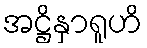
အဋ္ဌိနှာရူဟိ